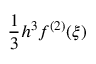
{ \frac { 1 } { 3 } } h ^ { 3 } f ^ { ( 2 ) } ( \xi )